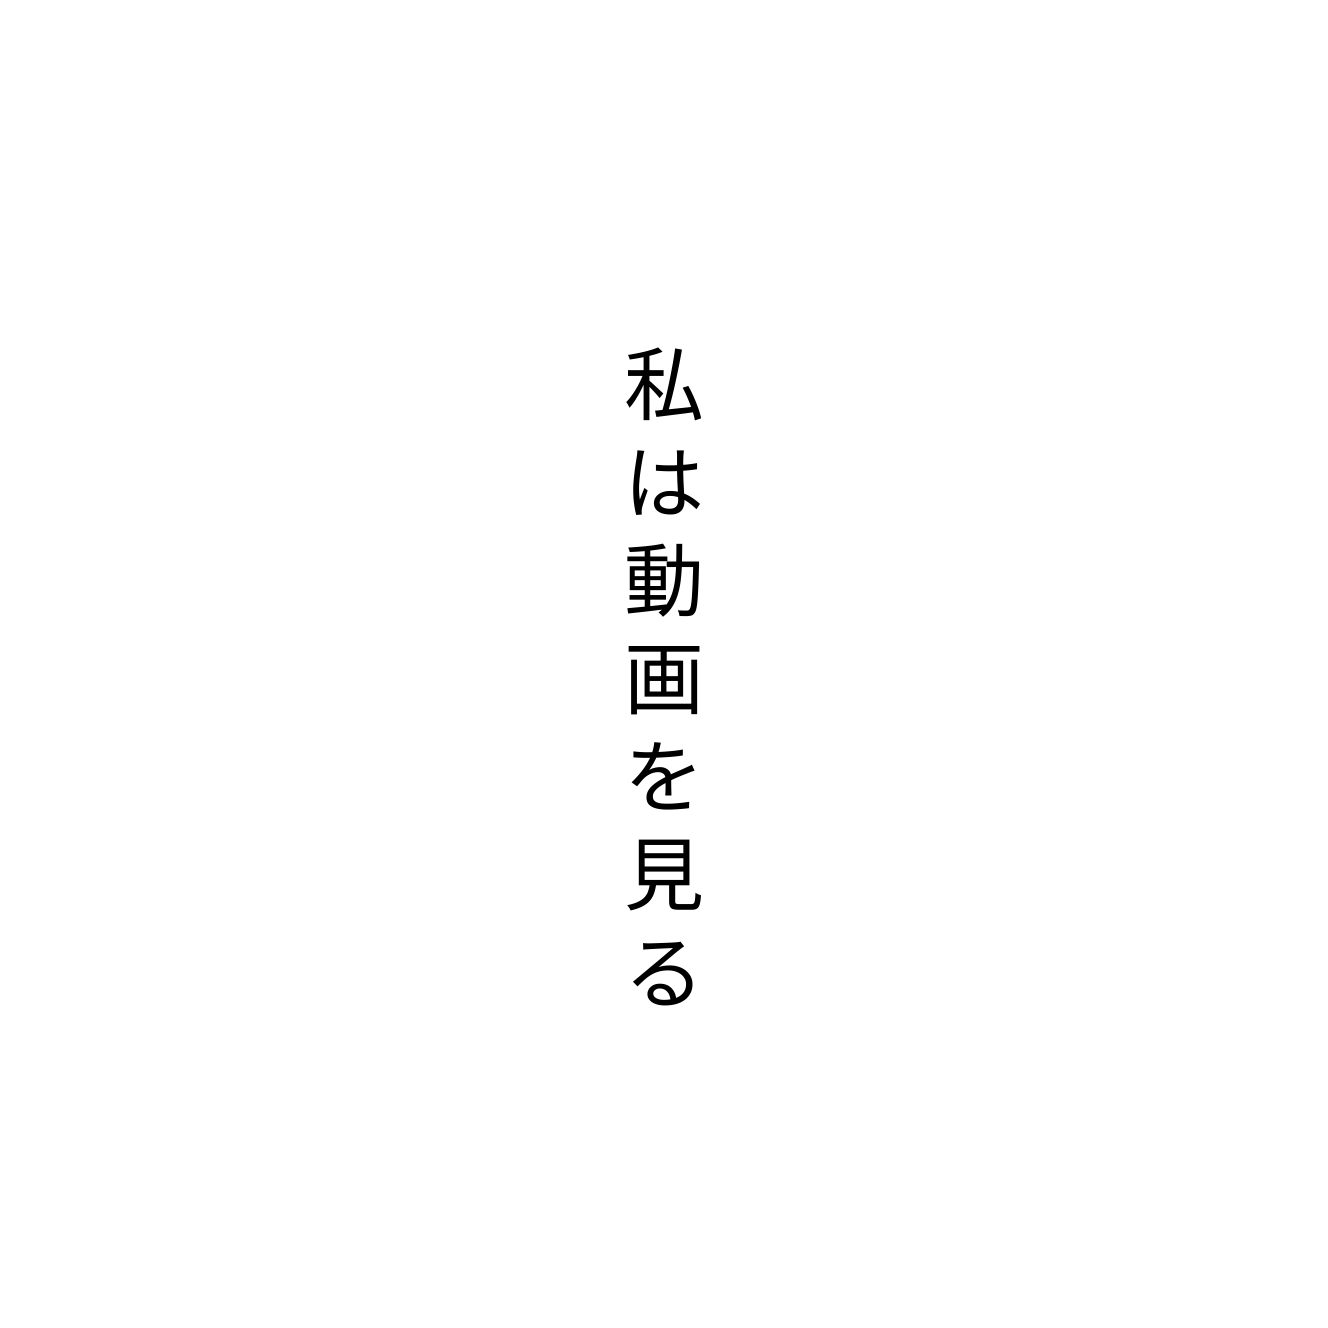
私は動画を見る